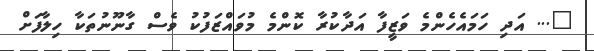
"... އަދި ހަމައެހެންމެ ވަޒީފާ އަދާކުރާ ކޮންމެ މުވައްޒަފުކު ވެސް ގާނޫނުތަކާ ހިލާފަށް